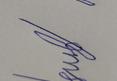
Signature authenticity: forged